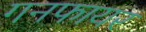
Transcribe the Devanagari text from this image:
गनफायर